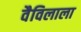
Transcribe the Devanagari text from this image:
वैविलाला